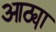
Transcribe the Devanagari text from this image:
आठ्या